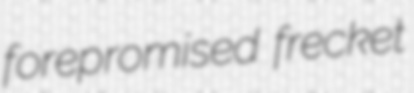
forepromised frecket